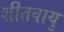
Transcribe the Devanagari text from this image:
शीतवायु